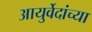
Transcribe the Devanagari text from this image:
आयुर्वेदांच्या